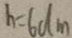
h = 6 d m